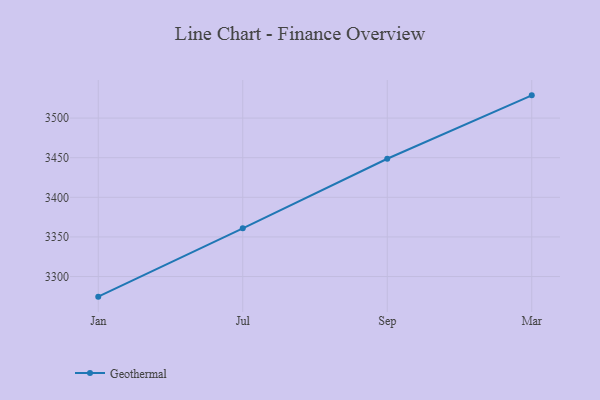
{"axis": {"x": "Month", "y": "Demand Index"}, "legend": ["Geothermal"], "data": [{"x": "Jan", "y": 3274.6, "type": "Geothermal"}, {"x": "Jul", "y": 3360.8, "type": "Geothermal"}, {"x": "Sep", "y": 3448.7, "type": "Geothermal"}, {"x": "Mar", "y": 3528.7, "type": "Geothermal"}]}